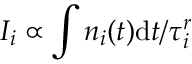
I _ { i } \propto \int n _ { i } ( t ) \mathrm { d } t / \tau _ { i } ^ { r }